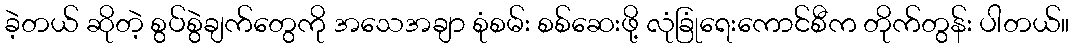
ခဲ့တယ် ဆိုတဲ့ စွပ်စွဲချက်တွေကို အသေအချာ စုံစမ်း စစ်ဆေးဖို့ လုံခြုံရေးကောင်စီက တိုက်တွန်း ပါတယ်။